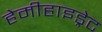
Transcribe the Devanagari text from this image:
हेमीहाइड्रेट